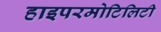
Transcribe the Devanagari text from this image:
हाइपरमोटिलिटी